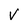
Character: V